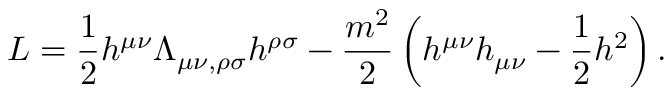
L = \frac { 1 } { 2 } h ^ { \mu \nu } \Lambda _ { \mu \nu , \rho \sigma } h ^ { \rho \sigma } - \frac { m ^ { 2 } } { 2 } \left( h ^ { \mu \nu } h _ { \mu \nu } - \frac { 1 } { 2 } h ^ { 2 } \right) .